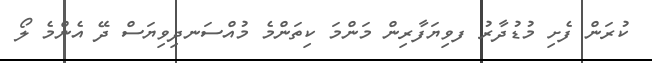
ކުރަން ފެށި މުޑުދާރު ފވިޔަފާރިން މަންމަ ކިތަންމެ މުއްސަނދިވިޔަސް ދޭ އެންމެ ލޯ